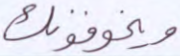
ويخوفونك